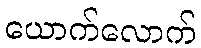
ယောက်လောက်